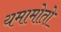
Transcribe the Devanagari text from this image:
यमामोतो